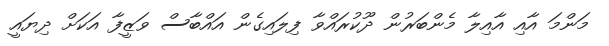
މަންމަ އާއި އާއިލާ މެންބަރުން ދޫކުރައްވާ ފިލައިގެން އައްބާސް ވަޒީފާ އަކަށް ދިޔައީ